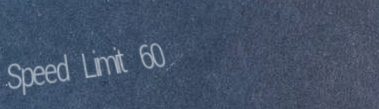
Speed Limit 60